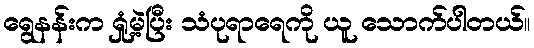
ရွေနန်းက ရှုံ့မဲ့ပြီး သံပုရာရေကို ယူ သောက်ပါတယ်။